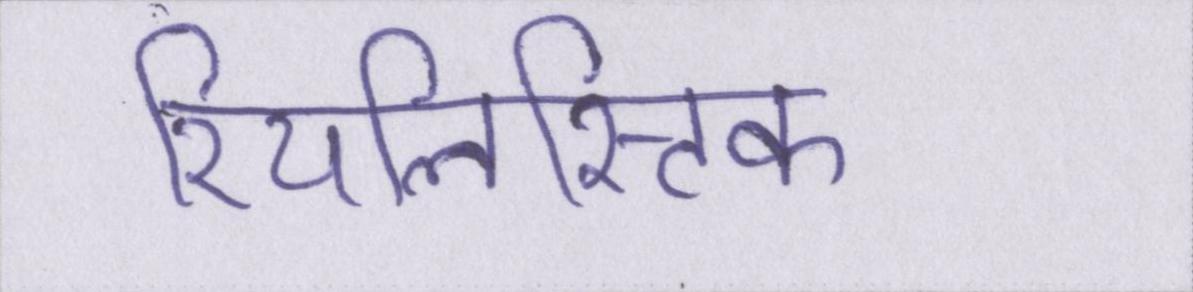
रियलिस्टिक